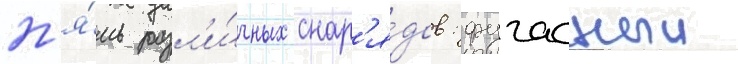
п'я́ть разл'и́чных снар'я́дов: фугасныи